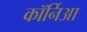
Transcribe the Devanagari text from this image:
कॉर्निआ